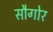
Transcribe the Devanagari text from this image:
सौगोर